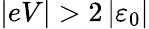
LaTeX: \vert eV\vert>2\left\vert\varepsilon_{0}\right\vert